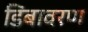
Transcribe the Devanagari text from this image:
डिंबावरण